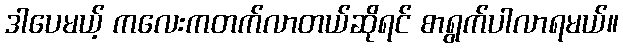
ဒါပေမယ့် ကလေးကတက်လာတယ်ဆိုရင် စာရွက်ပါလာရမယ်။